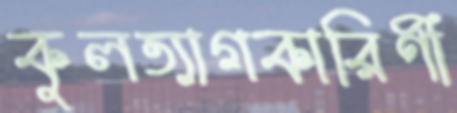
কুলত্যাগকারিণী